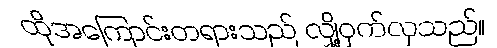
ထိုအကြောင်းတရားသည် လျှို့ဝှက်လှသည်။